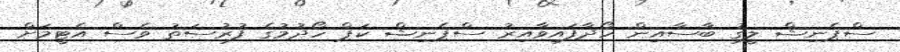
ސްޕެނިޝް ލީގު ބާސާއިން ހޯދާފައިވާއިރު ސްޕެނިޝް ކަޕް ހޯދުމުގެ ފުރުސަތު ވެސް އެޓީމަށް